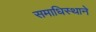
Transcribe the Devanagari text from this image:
समाधिस्थाने